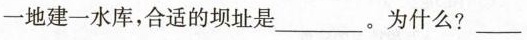
一地建一水库，合适的坝址是___。为什么？___